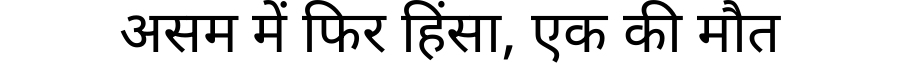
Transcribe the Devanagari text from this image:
असम में फिर हिंसा, एक की मौत